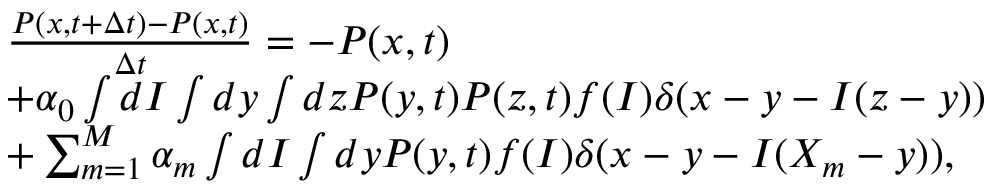
\begin{array} { r l } & { \frac { P ( x , t + \Delta t ) - P ( x , t ) } { \Delta t } = - P ( x , t ) } \\ & { + \alpha _ { 0 } \int d I \int d y \int d z P ( y , t ) P ( z , t ) f ( I ) \delta ( x - y - I ( z - y ) ) } \\ & { + \sum _ { m = 1 } ^ { M } \alpha _ { m } \int d I \int d y P ( y , t ) f ( I ) \delta ( x - y - I ( X _ { m } - y ) ) , } \end{array}